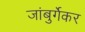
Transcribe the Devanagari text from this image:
जांबुर्गेकर